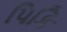
પિકિ